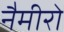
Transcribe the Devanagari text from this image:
नैमीरो